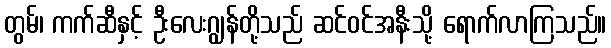
တွမ်၊ ကက်ဆီနှင့် ဦးလေးဂျွန်တို့သည် ဆင်ဝင်အနီးသို့ ရောက်လာကြသည်။